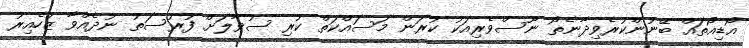
އޯޑިއޯތައް ބޭނުންކުރެވިދާނެތޯ ނޫސްވެރިއަކު ކުރަން މަސައްކަތް ކުރި ސުވާލަށް ފުރުސަތު ނުދެއްވާ ޒުހެއިރު